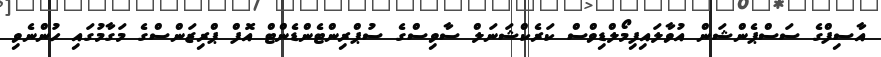
އާސިފްގެ ސަސްޕެންޝަން އުވާލައިފިމޯލްޑިވްސް ކަރެކްޝަނަލް ސާވިސްގެ ސުޕްރިންޓެންޑެންޓް އޮފް ޕްރިޒަންސްގެ މަގާމުގައި ހުންނެވި